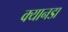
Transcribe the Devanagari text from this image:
क्यानडा